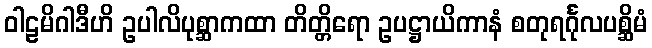
ဝါဠမိဂါဒီဟိ ဥပါလိပုစ္ဆာကထာ တိတ္တိရော ဥပဋ္ဌာယိကာနံ စတုရင်္ဂုလပစ္ဆိမံ